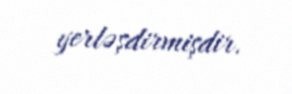
yerləşdirmişdir.